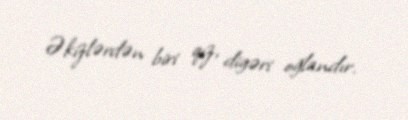
Əkizlərdən biri qız, digəri oğlandır.